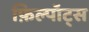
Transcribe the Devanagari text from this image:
फ़िल्पॉट्स